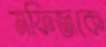
মফিজকে